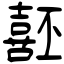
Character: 噽